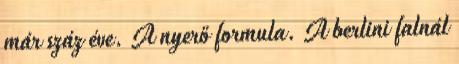
már száz éve. A nyerő formula. A berlini falnál